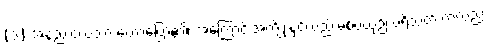
(၁) အနည်းငယ်သာ ဟောပြော၏၊ အကြောင်းအကျိုးနှင့်လည်းမစပ်ယှဉ်၊ ပရိသတ် ကလည်း